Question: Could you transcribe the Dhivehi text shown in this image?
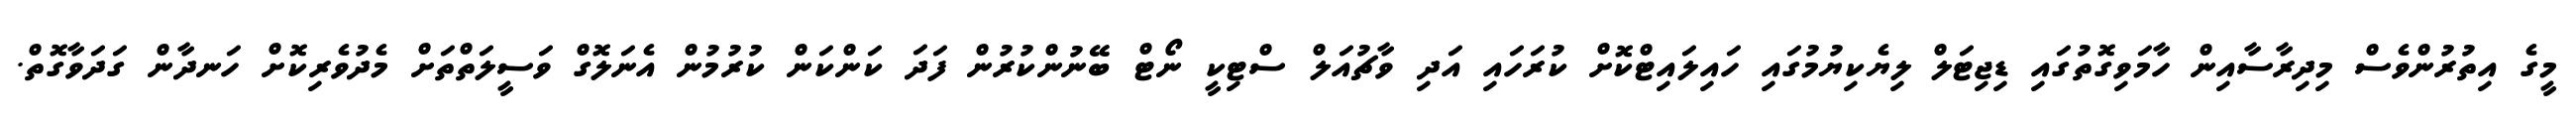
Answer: މީގެ އިތުރުންވެސް މިދިރާސާއިން ހާމަވިގޮތުގައި ޑިޖިޓަލް ލިޔެކިޔުމުގައި ހައިލައިޓްކޮށް ކުރަހައި އަދި ވާޗުއަލް ސްޓިކީ ނޯޓް ބޭނުންކުރުން ފަދަ ކަންކަން ކުރުމުން އެނަލޮގް ވަސީލަތްތަށް މެދުވެރިކޮށް ހަނދާން ގަދަވާގޮތް.